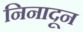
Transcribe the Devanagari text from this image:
निनादून